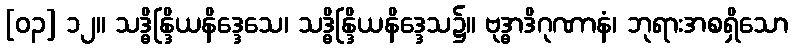
[၀၃] ၁၂။ သဒ္ဓိန္ဒြိယနိဒ္ဒေသေ၊ သဒ္ဓိန္ဒြိယနိဒ္ဒေသ၌။ ဗုဒ္ဓာဒိဂုဏာနံ၊ ဘုရားအစရှိသော